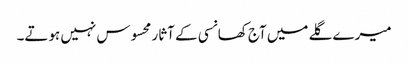
میرے گلے میں آج کھانسی کے آثار محسوس نہیں ہوتے۔